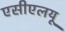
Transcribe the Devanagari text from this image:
एसीएलयू